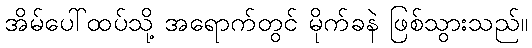
အိမ်ပေါ်ထပ်သို့ အရောက်တွင် မိုက်ခနဲ ဖြစ်သွားသည်။